Report of the Indian Hemp Drugs Commission, 1894-1895 - Volume VIII
Year: 1894
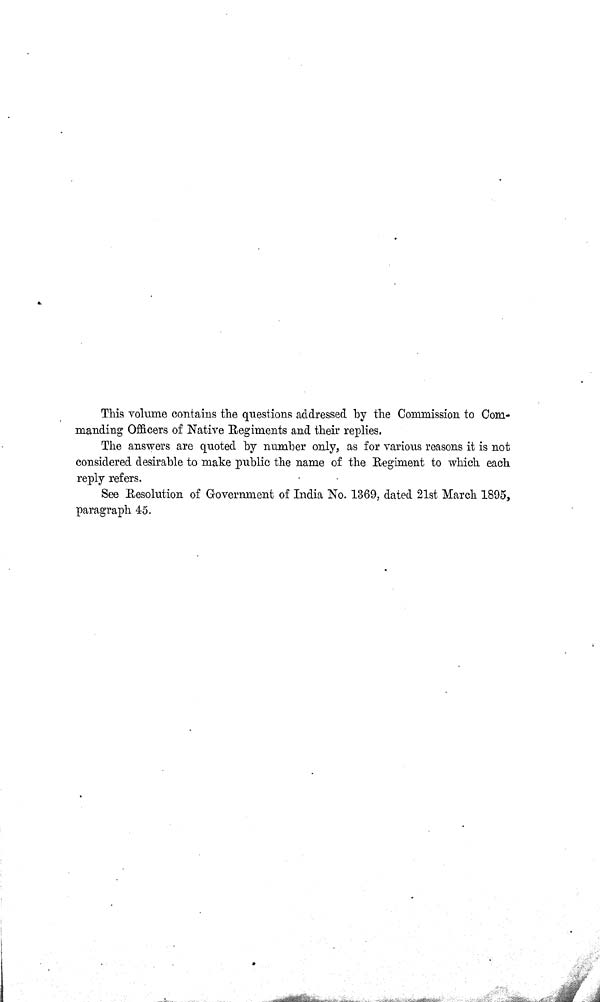
This volume contains the questions addressed by the Commission to Com-
manding Officers of Native Regiments and their replies.
The answers are quoted by number only, as for various reasons it is not
considered desirable to make public the name of the Regiment to which each
reply refers.
See Resolution of Government of India No. 1369, dated 21st March 1895,
paragraph 45.